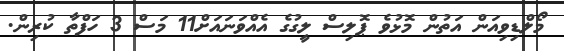
މޯލްޑިވިއަން އަތުން މޮޅުވެ ޕޮލިސް ލީގުގެ އެއްވަނައަށް11 މަސް 3 ހަފްތާ ކުރިން.